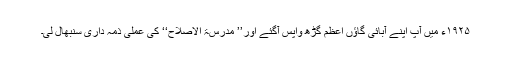
۱۹۲۵ء میں آپ اپنے آبائی گاؤں اعظم گڑھ واپس آگئے اور’’ مدرسۃ الاصلاح‘‘ کی عملی ذمہ داری سنبھال لی۔